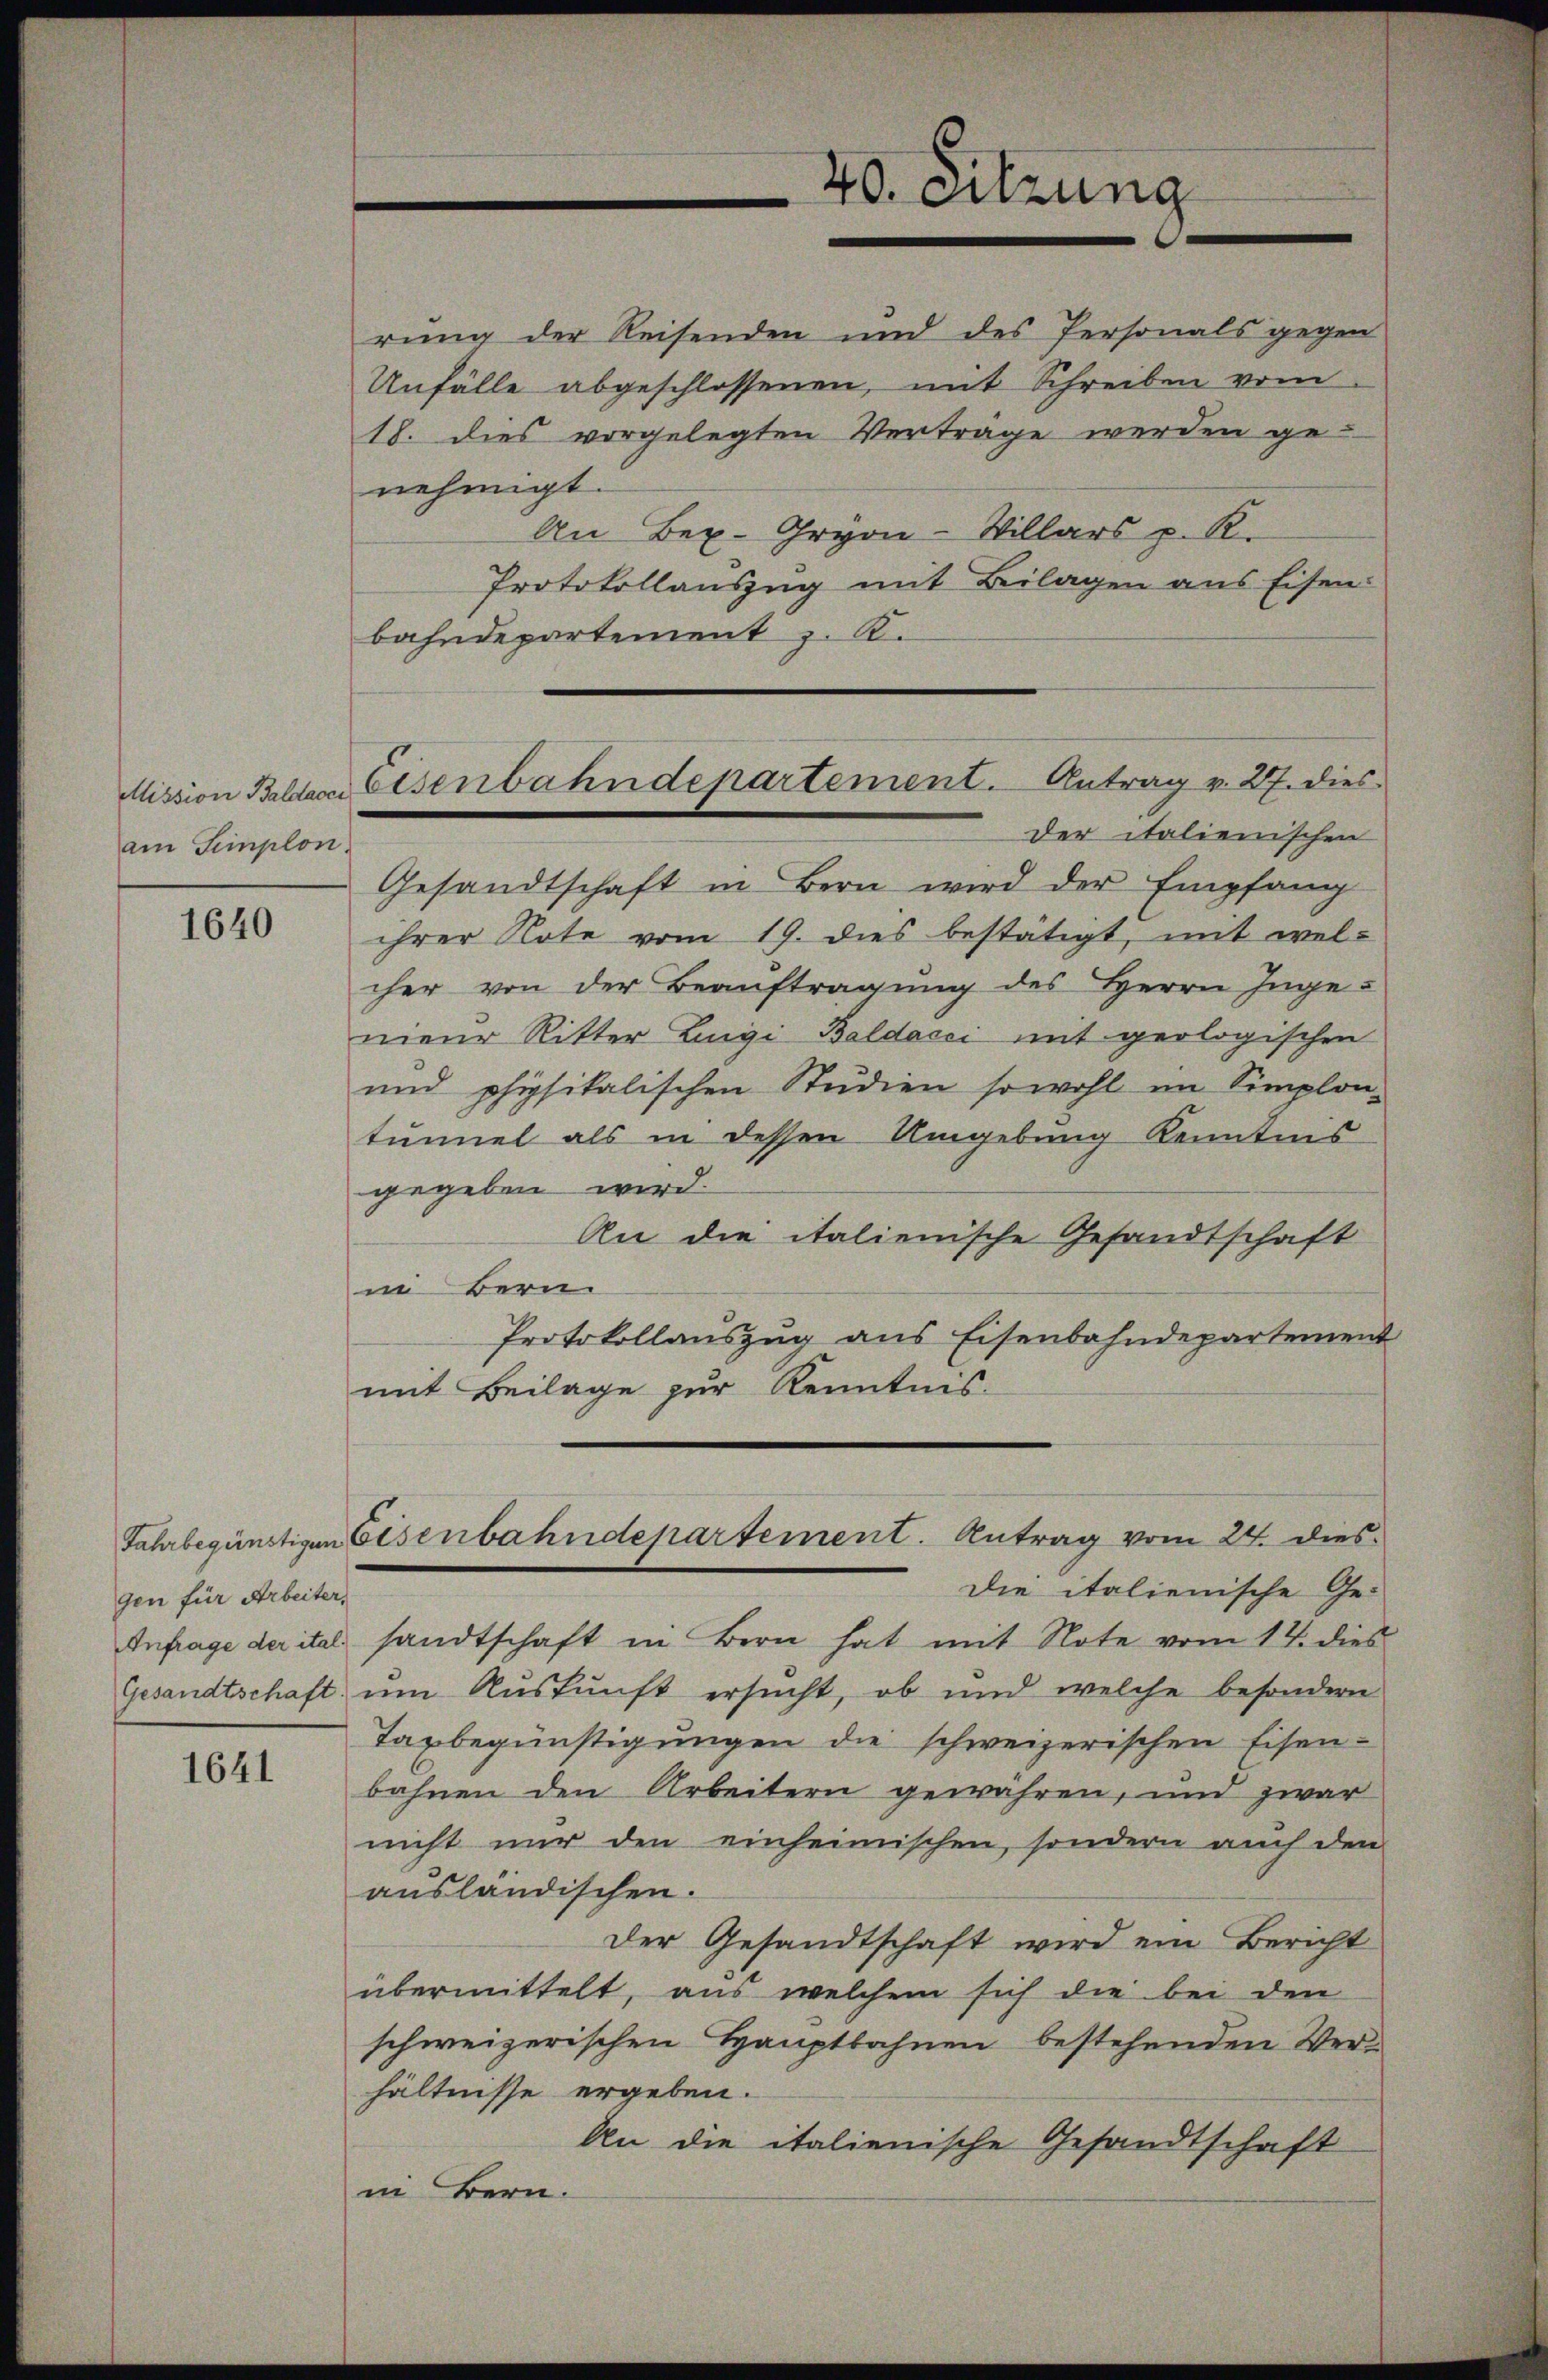
am Simplon

1640

gen für Arbeiter,
Anfrage der ital.

1641

nehmigt.
bahndepartement z. B.
der italienischen
Gesandtschaft in Bern wird der Empfang
ihrer Note vom 19. dies bestätigt, mit welcher von der Beauftragung des Herrn Ingenieur Ritter Luigi Baldacci mit geologischen
und physikalischen Studien sowohl im Simplon-
tunnel als in dessen Umgebung Kenntnis
gegeben wird.
An die italienische Gesandtschaft
in Bern
Protokollauszug aus Eisenbahndepartement
mit Beilage zur Kenntnis.
Jahrbegünstigen Eisenbahndepartement. Antrag vom 24. dies
Die italienische Ge-
sandtschaft in Bern hat mit Note vom 17. dies
Gesandtschaft um Auskunft ersucht, ob und welche besondern
Taxbegünstigungen die schweizerischen Eisen-
bahnen den Arbeitern gewähren, und zwar
nicht nur den einheimischen, sondern auch den
ausländischen.
Der Gesandtschaft wird ein Bericht
übermittelt, aus welchem sich die bei den
schweizerischen Hauptbahnen bestehenden Verhältnisse ergeben.
An die italienische Gesandtschaft
in Bern.

40. Sitzung

Mission Bilder Eisenbahndepartement. Antrag v. 27. dies

rung der Reisenden und des Personals gegen
Unfälle abgeschlossenen, mit Schreiben vom
18. dies vorgelegten Vertrage werden ge¬
An Bex- Gryon-Villars u. R.
Protokollauszug mit Beilagen aus Eisen: